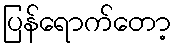
ပြန်ရောက်တော့